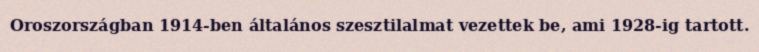
Oroszországban 1914-ben általános szesztilalmat vezettek be, ami 1928-ig tartott.